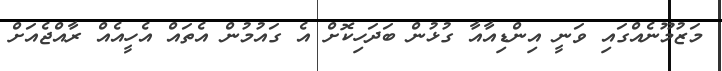
މަޒުމޫނެއްގައި ވަނީ އިންޑިއާއާ ގުޅުން ބަދަހިކޮށް އެ ގައުމުން އެތައް އެހީއެއް ރާއްޖެއަށް